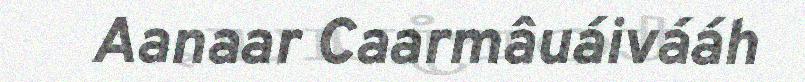
Aanaar Caarmâuáivááh